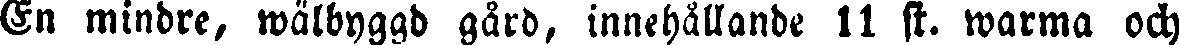
En mindre, wälbyggd gård, innehållande 11 st. warma och